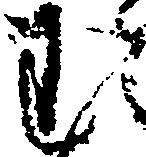
む